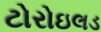
ટોરોઇલડ